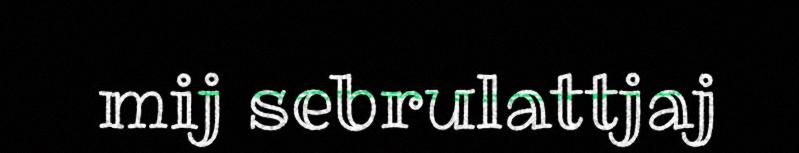
mij sebrulattjaj